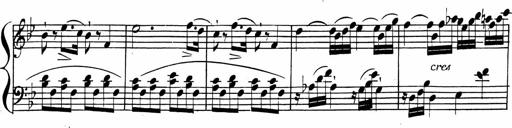
Title: 2 Piano Sonatinas
Composer: Ferdinand Ries